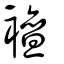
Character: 襢